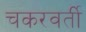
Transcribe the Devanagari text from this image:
चकरवर्ती